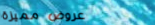
عروض مميزة